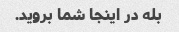
بله در اینجا شما بروید.